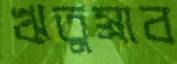
ঋতুস্রাব